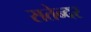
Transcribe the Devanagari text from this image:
सतेन्दर